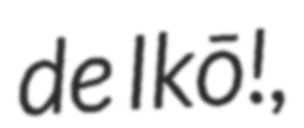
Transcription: de Ikō!,